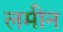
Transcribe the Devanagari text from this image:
लमीन